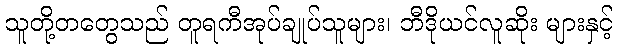
သူတို့တတွေသည် တူရကီအုပ်ချုပ်သူများ၊ ဘီဒိုယင်လူဆိုး များနှင့်